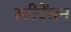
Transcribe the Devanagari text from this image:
स्टीदेंसन